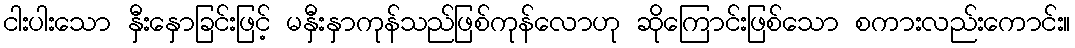
ငါးပါးသော နှီးနှောခြင်းဖြင့် မနှီးနှာကုန်သည်ဖြစ်ကုန်လောဟု ဆိုကြောင်းဖြစ်သော စကားလည်းကောင်း။